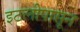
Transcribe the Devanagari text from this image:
इटलीपासून